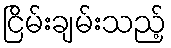
ငြိမ်းချမ်းသည့်